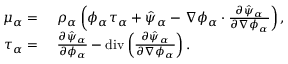
\begin{array} { r l } { \mu _ { \alpha } = } & { { } ~ \rho _ { \alpha } \left( \phi _ { \alpha } \tau _ { \alpha } + \hat { \psi } _ { \alpha } - \nabla \phi _ { \alpha } \cdot \frac { \partial \hat { \psi } _ { \alpha } } { \partial \nabla \phi _ { \alpha } } \right) , } \\ { \tau _ { \alpha } = } & { { } ~ \frac { \partial \hat { \psi } _ { \alpha } } { \partial \phi _ { \alpha } } - \mathrm { d i v } \left( \frac { \partial \hat { \psi } _ { \alpha } } { \partial \nabla \phi _ { \alpha } } \right) . } \end{array}